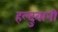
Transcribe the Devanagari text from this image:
हल्दुवानी